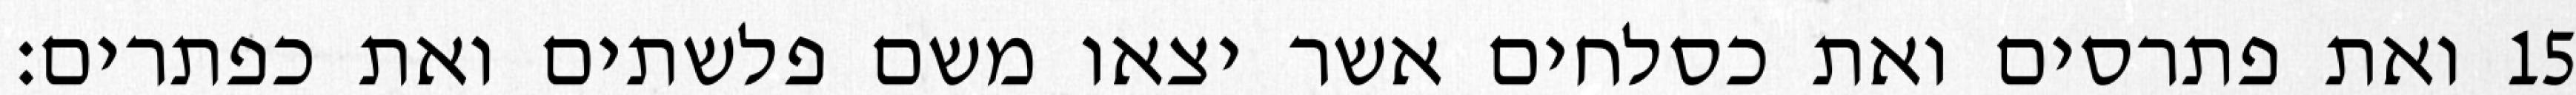
ואת פתרסים ואת כסלחים אשר יצאו משם פלשתים ואת כפתרים׃ ‎15‏